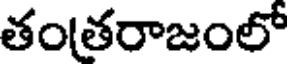
తంతరాజంలో